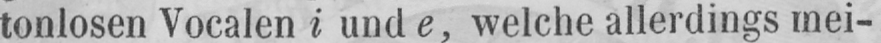
tonlosen Vocalen i und e, welche allerdings mei-